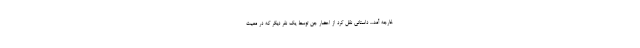
خارجه آمد... داستانى نقل ‌كرد از احضار جن توسط یك نفر دیگر كه در معیت